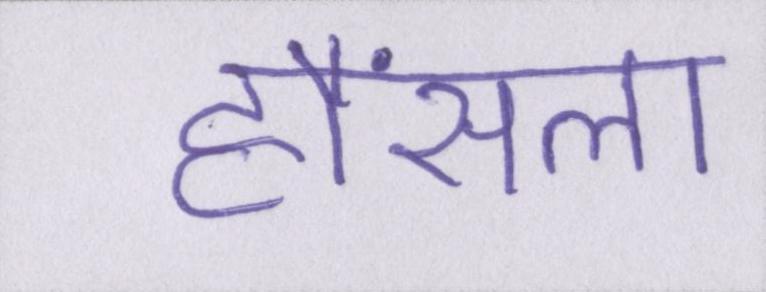
हौंसला